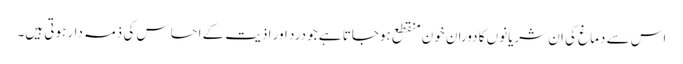
اس سے دماغ کی ان شریانوں کا دوران خون منقطع ہوجاتا ہے جو درد اور اذیت کے احساس کی ذمہ دار ہوتی ہیں۔